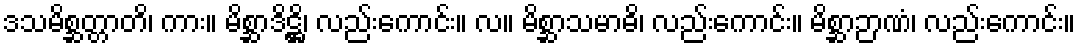
ဒသမိစ္ဆတ္တာတိ၊ ကား။ မိစ္ဆာဒိဋ္ဌိ၊ လည်းကောင်း။ လ။ မိစ္ဆာသမာဓိ၊ လည်းကောင်း။ မိစ္ဆာဉာဏံ၊ လည်းကောင်း။